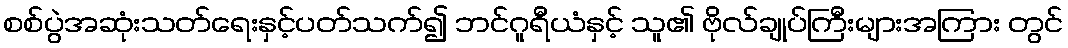
စစ်ပွဲအဆုံးသတ်ရေးနှင့်ပတ်သက်၍ ဘင်ဂူရီယံနှင့် သူ၏ ဗိုလ်ချုပ်ကြီးများအကြား တွင်